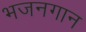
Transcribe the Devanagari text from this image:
भजनगान